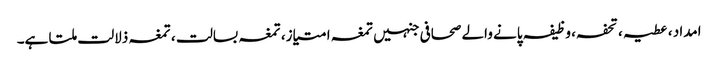
امداد ، عطیہ ، تحفہ، وظیفہ پانے والے صحافی جنہیں تمغہ امتیاز، تمغہ بسالت ، تمغہ ذلالت ملتا ہے۔